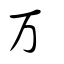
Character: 万